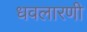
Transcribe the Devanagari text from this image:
धवलारणी